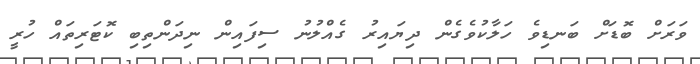
ވަރަށް ބޮޑަށް ބަނޑިވެ ހަލާކުވެގެން ދިޔައިރު ގެއްލުނު ސިފައިން ނިދަންތިބި ކޮޓަރިތައް ހުރީ